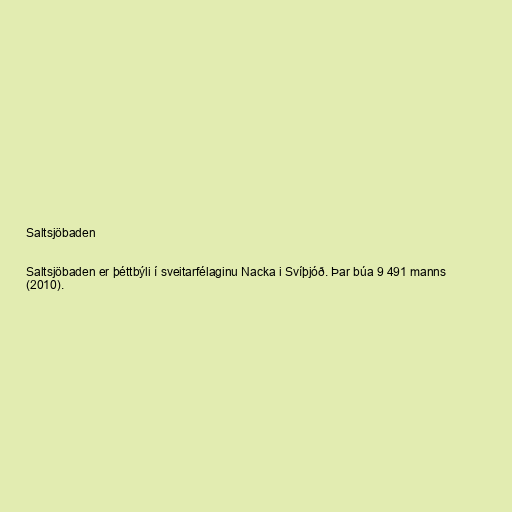
Saltsjöbaden

Saltsjöbaden er þéttbýli í sveitarfélaginu Nacka i Svíþjóð. Þar búa 9 491 manns
(2010).